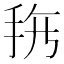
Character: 𱟲